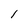
Character: l